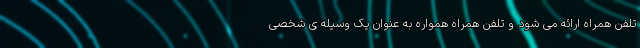
تلفن همراه ارائه می شود و تلفن همراه همواره به عنوان یک وسیله ی شخصی